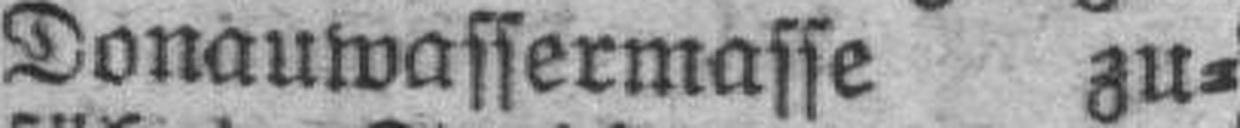
Donauwassermasse zu¬